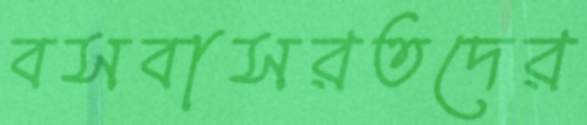
বসবাসরতদের